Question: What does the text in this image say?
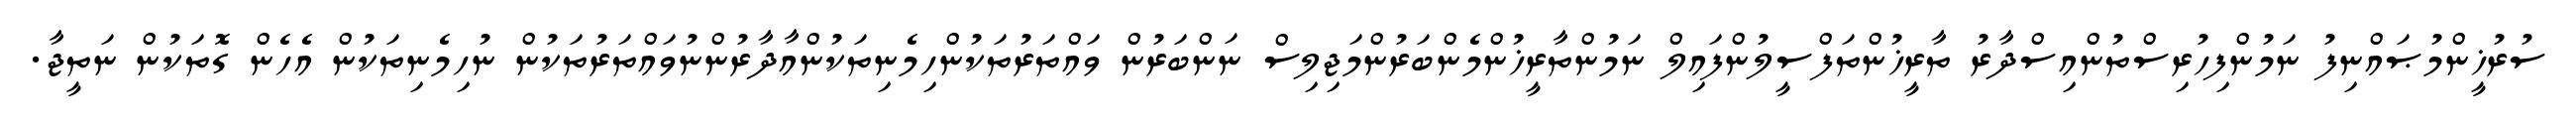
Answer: ސުރުޚީންމުޞައްނިފު ނަމުންފިހުރިސްތުންއިސްދާރު ތާރީޚުންތަފްސީލުންފައިލް ނަމުންތާރީޚުންމެންބަރުންމަޖިލިސް ނަންބަރުން ވައްތަރުތަކުންހިމެނިތަކުންއާދާރުންނުވައްތަރުތަކުން ނުހިމެނިތަކުން އެހެން ގޮތަކުން ނަތީޖާ.